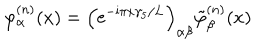
\varphi _ { \alpha } ^ { ( n ) } ( x ) = \left( \mathrm { e } ^ { - \mathrm { i } \pi x \gamma _ { 5 } / L } \right) _ { \alpha \beta } \tilde { \varphi } _ { \beta } ^ { ( n ) } ( x )